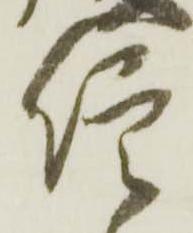
信